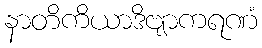
နာတိကိယာဒိဗျာကရဏံ